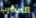
المضرب